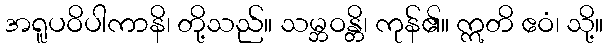
အရူပဝိပါကာနိ၊ တို့သည်။ သမ္ဘဝန္တိ၊ ကုန်၏။ ဣတိ ဧဝံ၊ သို့။